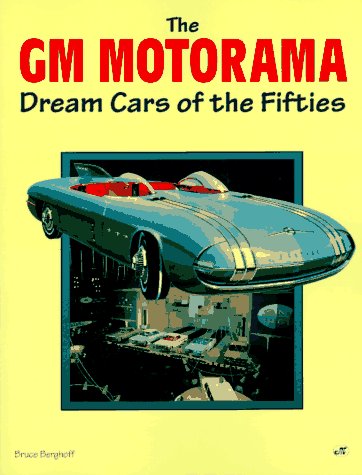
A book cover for The Gm Motorama: Dream Cars of the Fifties; Bruce Berghoff; Engineering & Transportation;